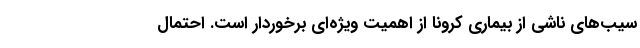
سیب‌های ناشی از بیماری کرونا از اهمیت ویژه‌ای برخوردار است. احتمال